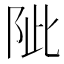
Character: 𨹀